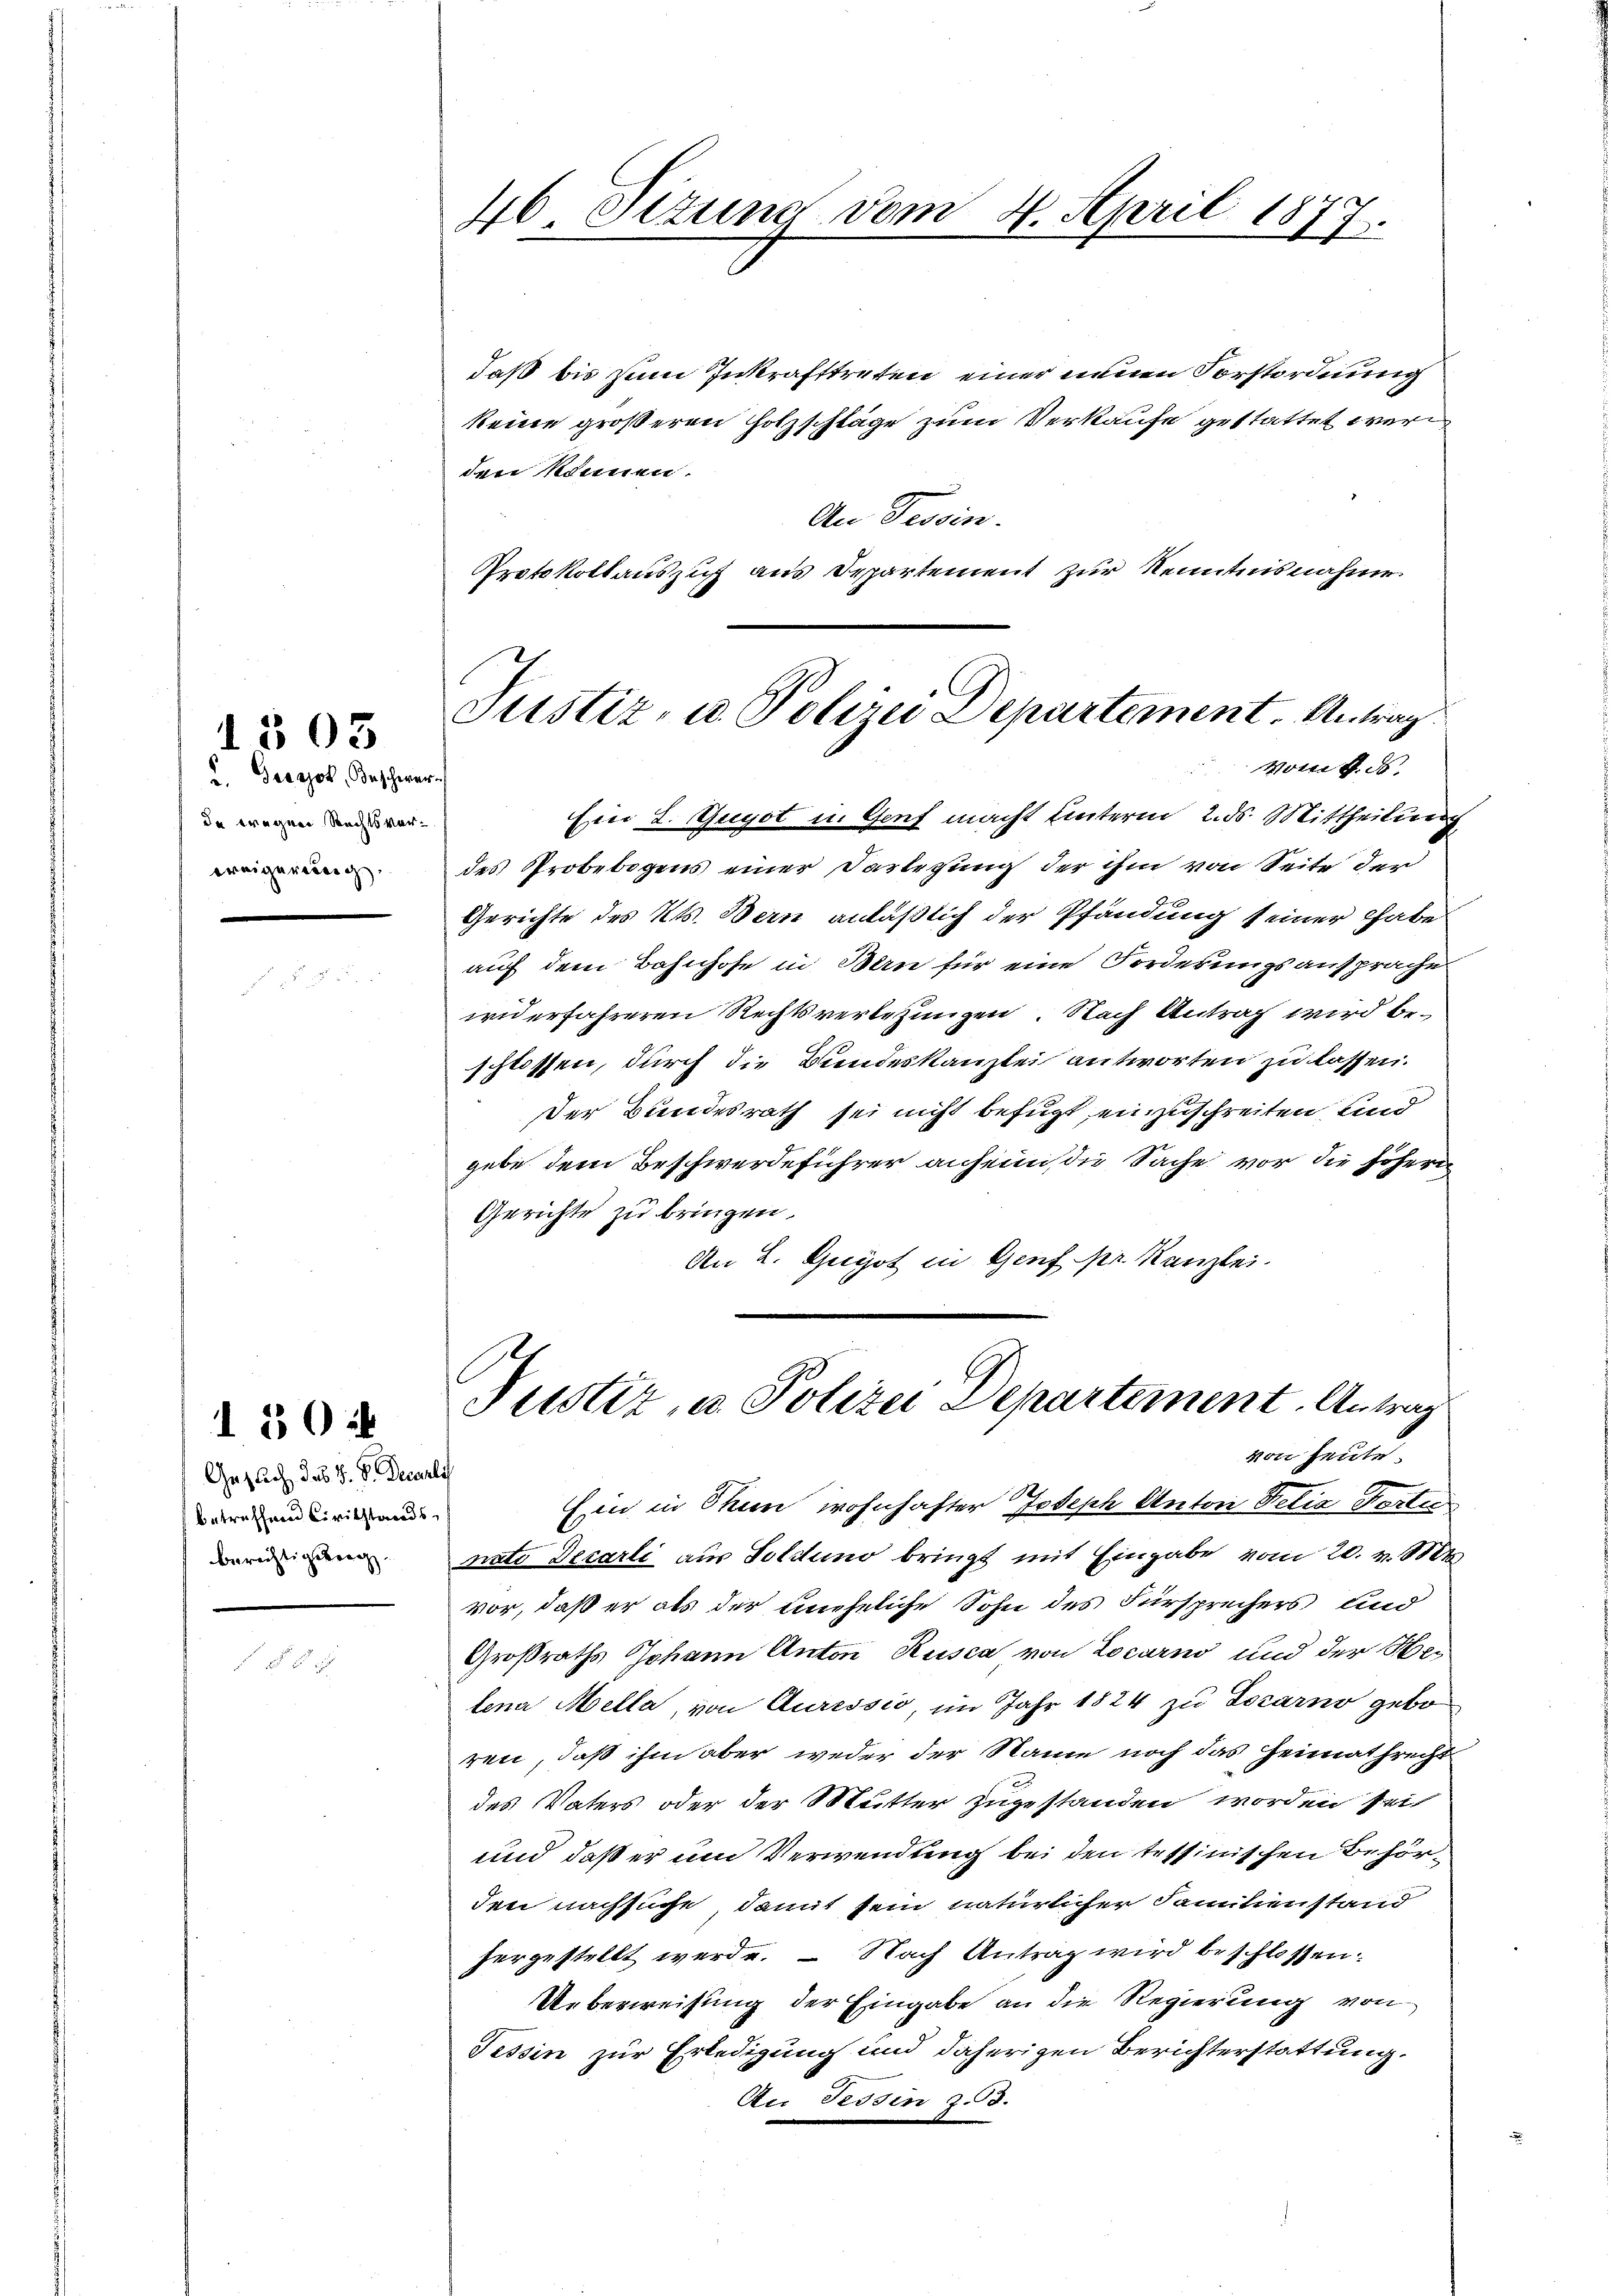
2. Gesajok, Beschwer-
de wegen Rechtsverereigereinig.

1303

130

Gezlich des S. V. Decurli
betreffend Civilstands
berechtigereg

46 Stzung vom 4. April 1877.

Justiz- u. Polizei Departement. Antrag.
Vom 4. d.

daß bis zum Inkrafttreten einer neuen Vorstordnung
keine größeren Holzschläge zum Verkaufe gestattet werd
den können.
An Tessin.
Protokollauszug aus Departement zur Kenntnisnahme
Ein L. Gugot in Genf macht hinterm 2. ds. Mittheilung
des Probebogens einer Darlegung der ihm von Seite der
Gerichte des Kts. Bern anläßlich der Pfändung seiner habe
auf dem Bahnhofe in Bern für eine Forderungsansprache
widerfahreren Rechtsverletzungen. Nach Antrag wird beschlossen, durch die Bundeskanzlei antworten zu lassen.
Der Bundesrath sei nicht befugt, einzuschreiten, und
gebe dem Beschwerdeführer anheim, die Sache vor die höhern
Gerichte zu bringen.
An L. Gugot in Genf pr. Kanzlei.

Justiz, u. Polizei Departement. Antrag
von heute.
Ein in Thun wohnhafter Joseph Anton Delia Portu

nato Decarli aus Solduno bringt mit Eingabe vom 20. v. Mts.
vor, daß er als der uneheliche Sohn des Fürsprechers und
Großraths Johann Anton Rusca von Locarno und der Her
lena Mella, von Auressio, im Jahr 1824 zu Locarno gebo
ren, daß ihm aber weder der Name noch das Heimathrecht
des Vaters oder der Mutter zugestanden worden sei
und daß er um Verwendung bei den tessinischen Behörden nachsuche, damit sein natürlicher Familienstand
hergestellt werde. – Nach Antrag wird beschlossen:
Ueberweisung der Eingabe an die Regierung von
Tessin zur Erledigung und daherigen Berichterstattung.
Au Tessin z. d.